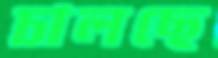
চালছে